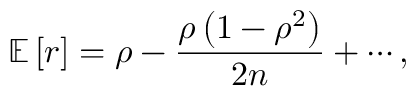
\operatorname { \mathbb { E } } \left[ r \right] = \rho - { \frac { \rho \left( 1 - \rho ^ { 2 } \right) } { 2 n } } + \cdots , \quad